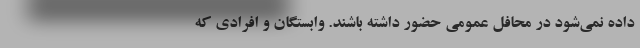
داده نمی‌شود در محافل عمومی حضور داشته باشند. وابستگان و افرادی که